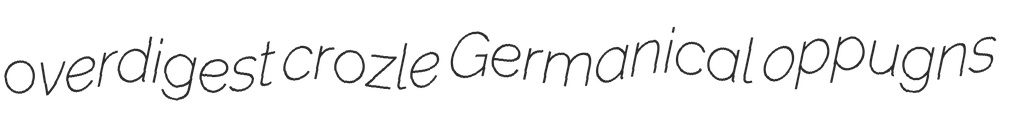
overdigest crozle Germanical oppugns